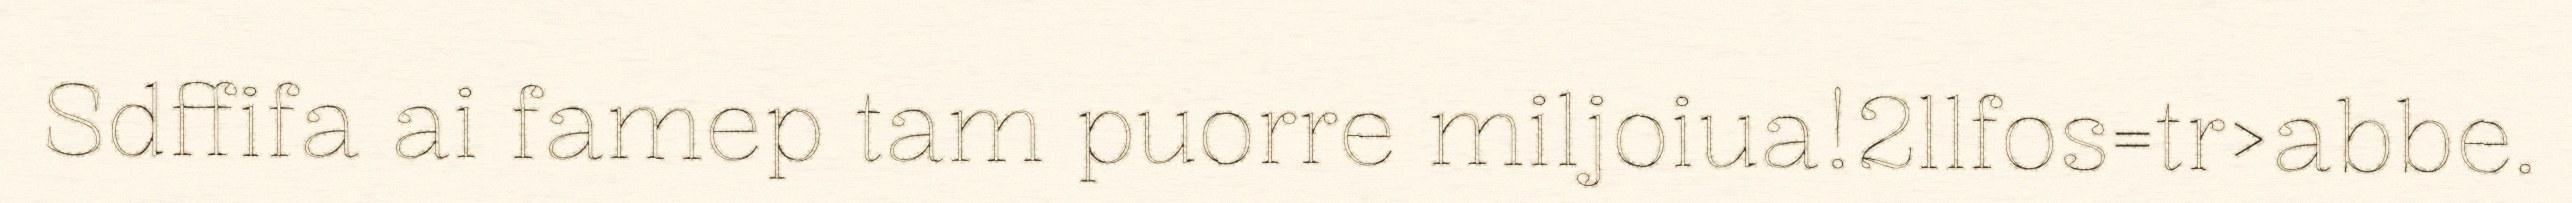
Sdffifa ai famep tam puorre miljoiua!2llfos=tr>abbe.